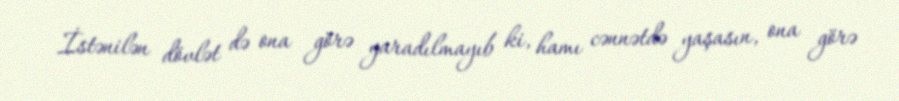
İstənilən dövlət də ona görə yaradılmayıb ki, hamı cənnətdə yaşasın, ona görə